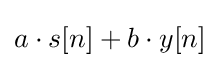
a\cdot s[n]+b\cdot y[n]